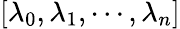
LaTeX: \left[\lambda_{0},\lambda_{1},\cdots,\lambda_{n}\right]